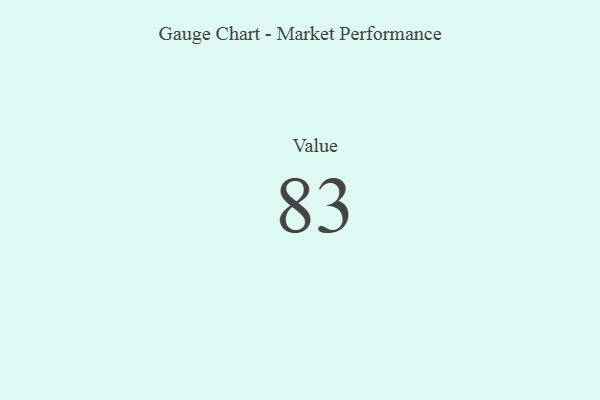
{"axis": {"x": "Metric", "y": "Value"}, "legend": [""], "data": [{"x": "Value", "y": 83, "type": ""}]}